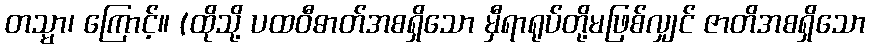
တသ္မာ၊ ကြောင့်။ (ထိုသို့ ပထဝီဓာတ်အစရှိသော မှီရာရုပ်တို့မဖြစ်လျှင် ဇာတိအစရှိသော